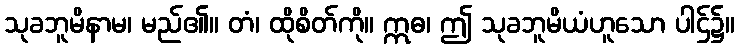
သုခဘူမိနာမ၊ မည်၏။ တံ၊ ထိုစိတ်ကို။ ဣဓ၊ ဤ သုခဘူမိယံဟူသော ပါဌ်၌။